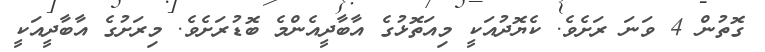
ގޮތުން 4 ވަނަ ރަށެވެ. ކެޔޮދުއަކީ މިއަތޮޅުގެ އާބާދީއެންމެ ބޮޑުރަށެވެ. މިރަށުގެ އާބާދީއަކީ